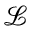
\mathcal { L }